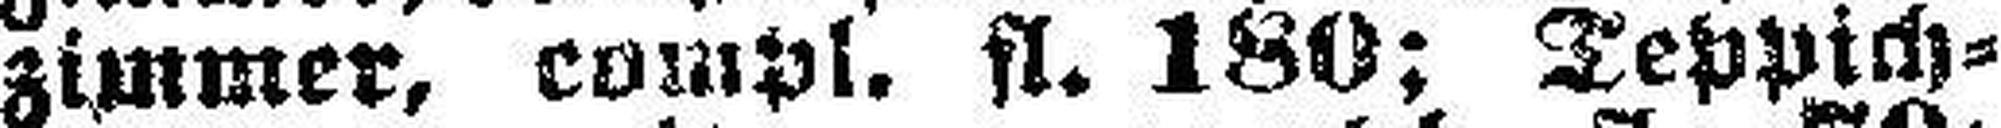
zimmer, compl. fl. 180; Teppich=